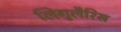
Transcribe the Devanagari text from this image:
लिगुलैरिस